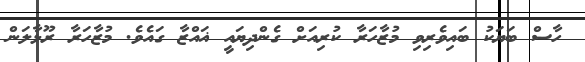
ހާސް ބަޔަކު ބައިވެރިވި މުޒާހަރާ ކުރިއަށް ގެންދިޔައީ ޣައްޒާ ގައެވެ. މުޒާހަރާ ރޫޅާލަން